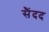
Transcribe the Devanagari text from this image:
सैंदद